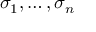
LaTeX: \sigma _ { 1 } , \ldots , \sigma _ { n }